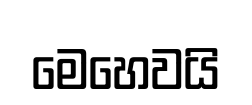
මෙහෙවයි